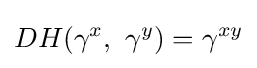
DH(\gamma ^{x},\ \gamma ^{y})=\gamma ^{xy}